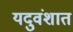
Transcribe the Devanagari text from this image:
यदुवंशात